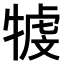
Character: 𤚳